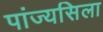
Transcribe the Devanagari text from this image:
पांज्यसिला